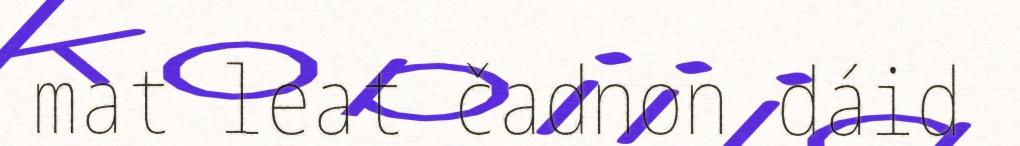
mat leat čadnon dáid